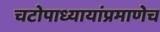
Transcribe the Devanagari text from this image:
चटोपाध्यायांप्रमाणेच